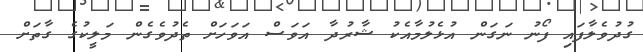
ގުދުވެލާފައި ފޯނު ނަގަން އުޅެލުމާއެކު ޝާރުދާ އަވަސް އަވަހަށް ތެދުވެގެން މަލީކުގެ ގާތަށް